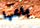
باعها